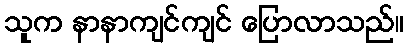
သူက နာနာကျင်ကျင် ပြောလာသည်။